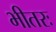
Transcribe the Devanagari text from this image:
भीतरः